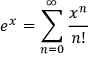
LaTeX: e ^ { x } = \sum _ { n = 0 } ^ { \infty } { \frac { x ^ { n } } { n ! } }